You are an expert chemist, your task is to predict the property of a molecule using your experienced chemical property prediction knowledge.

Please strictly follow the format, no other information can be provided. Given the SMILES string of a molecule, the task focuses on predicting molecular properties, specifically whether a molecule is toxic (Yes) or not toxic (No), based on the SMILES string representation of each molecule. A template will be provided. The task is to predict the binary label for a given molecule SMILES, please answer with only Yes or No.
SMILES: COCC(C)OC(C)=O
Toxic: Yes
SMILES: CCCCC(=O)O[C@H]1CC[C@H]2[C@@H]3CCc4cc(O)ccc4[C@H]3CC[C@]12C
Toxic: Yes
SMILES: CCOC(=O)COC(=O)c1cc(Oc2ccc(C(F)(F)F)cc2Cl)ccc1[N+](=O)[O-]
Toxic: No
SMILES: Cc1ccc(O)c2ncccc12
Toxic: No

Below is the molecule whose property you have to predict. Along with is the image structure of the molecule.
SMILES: CC(=C\c1ccccc1)/C=C1/SC(=S)N(CC(=O)O)C1=O
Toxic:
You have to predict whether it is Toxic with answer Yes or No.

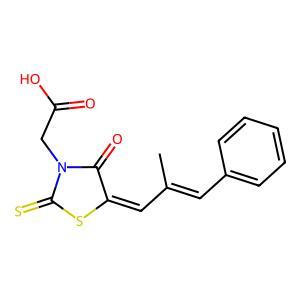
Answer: No